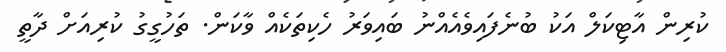
ކުރިން އާޓިކަލް އަކު ބުނެފައިވެއެއްނު ބައިވަރު ހެކިތަކެއް ވާކަން. ތަހުގީގު ކުރިއަށް ދާތީ